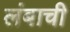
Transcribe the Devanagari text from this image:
लंबाची